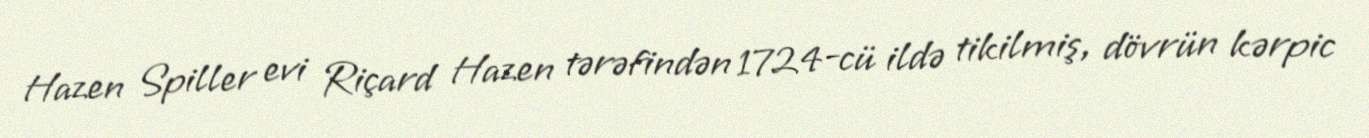
Hazen Spiller evi Riçard Hazen tərəfindən 1724-cü ildə tikilmiş, dövrün kərpic